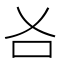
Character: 𠮣